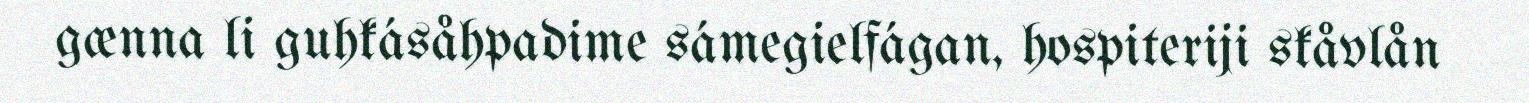
gænna li guhkásåhpadime sámegielfágan, hospiteriji skåvlån